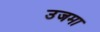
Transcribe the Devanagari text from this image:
उजमा